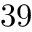
3 9